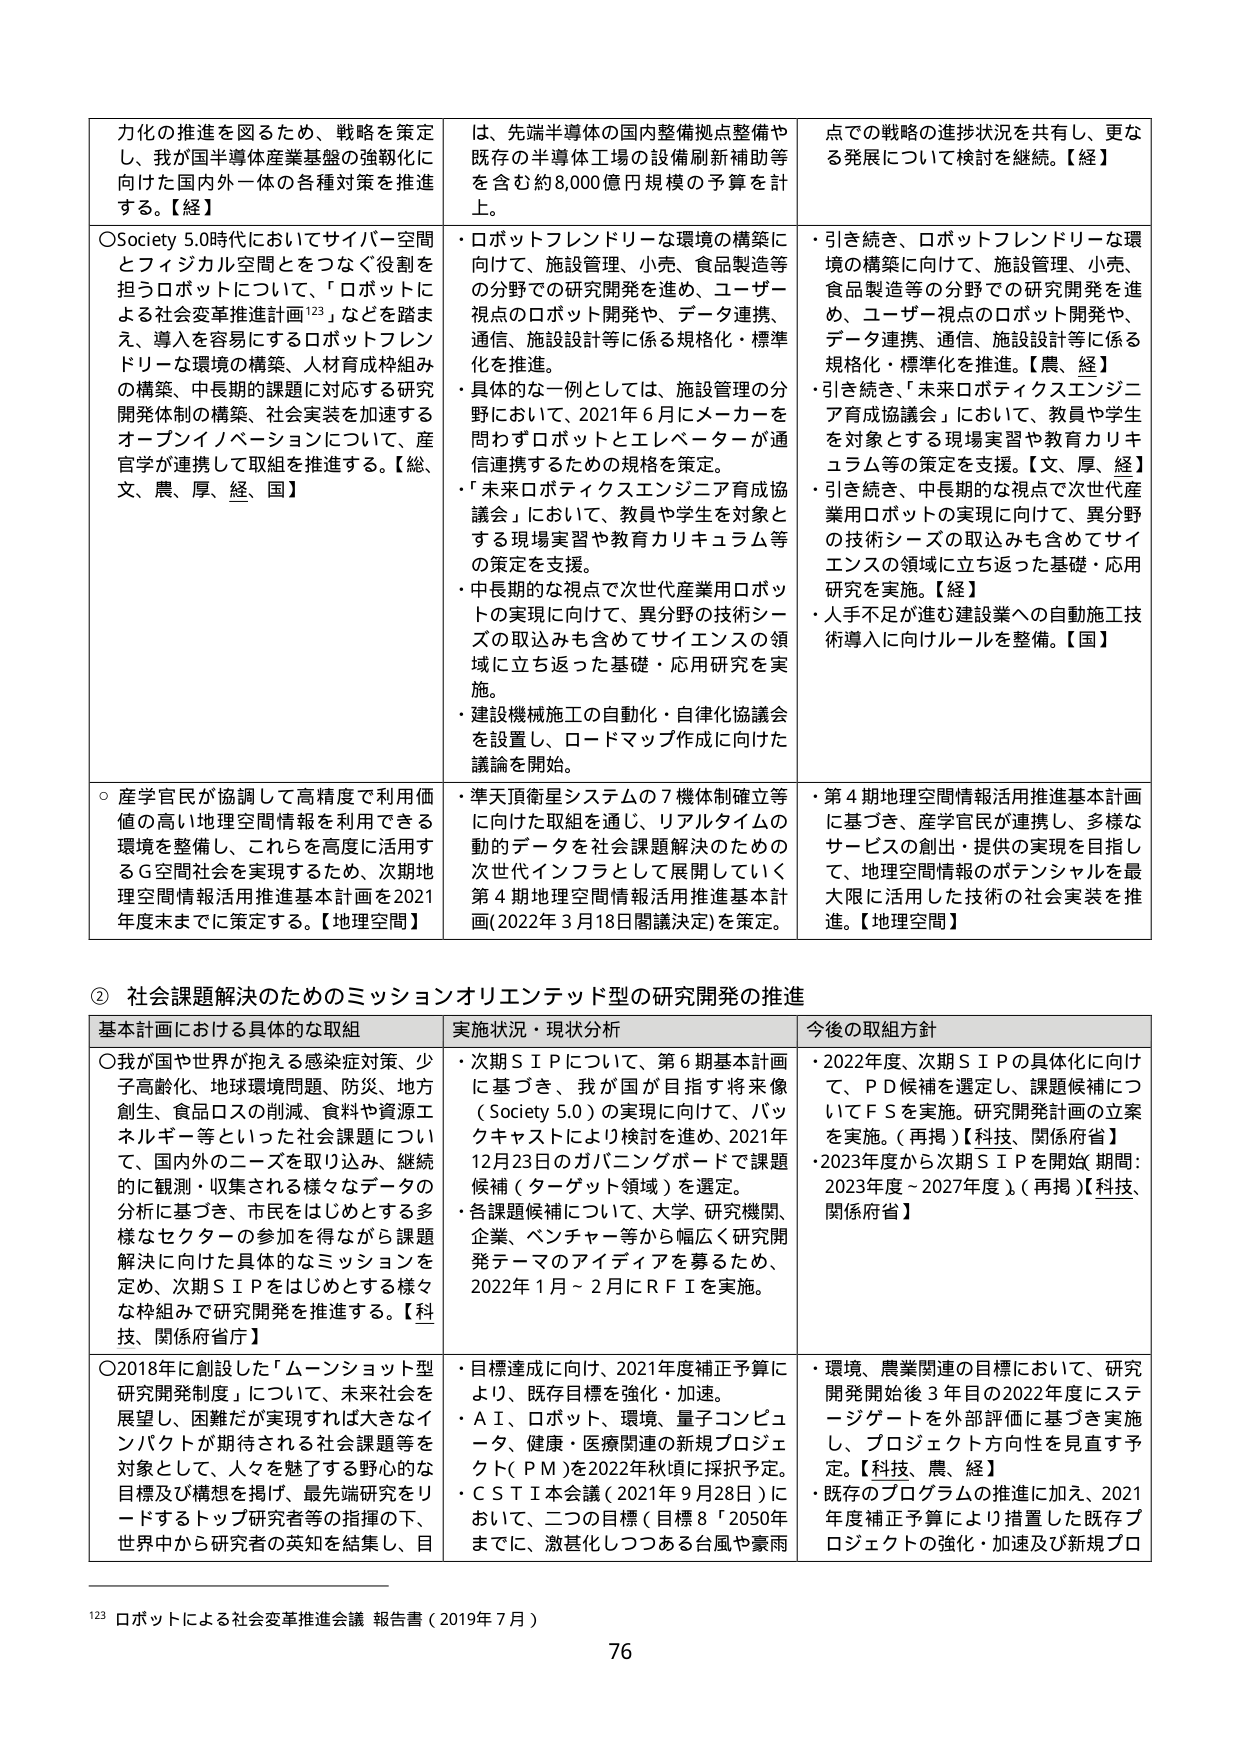
力化の推進を図るため、戦略を策定し、我が国半導体産業基盤の強靭化に向けた国内外一体の各種対策を推進する。【経】

〇Society 5.0時代においてサイバー空間とフィジカル空間をつなぐ役割を担うロボットについて、「ロボットによる社会変革推進計画¹²³」などを踏まえ、導入を容易にするロボットフレンドリーな環境の構築、人材育成枠組みの構築、中長期的課題に対応する研究開発体制の構築、社会実装を加速するオープンイノベーションについて、産官学が連携して取組を推進する。【総、文、農、厚、経、国】

・ロボットフレンドリーな環境の構築に向けて、施設管理、小売、食品製造等の分野での研究開発を進め、ユーザー視点のロボット開発や、データ連携、通信、施設設計等に係る規格化・標準化を推進。

・具体的な一例としては、施設管理の分野において、2021年6月にメーカーを問わずロボットとエレベーターが通信連携するための規格を策定。

・「未来ロボティクスエンジニア育成協議会」において、教員や学生を対象とする現場実習や教育カリキュラム等の策定を支援。

・中長期的な視点で次世代産業用ロボットの実現に向けて、異分野の技術シーズの取込みも含めてサイエンスの領域に立ち返った基礎・応用研究を実施。

・建設機械施工の自動化・自律化協議会を設置し、ロードマップ作成に向けた議論を開始。

・引き続き、ロボットフレンドリーな環境の構築に向けて、施設管理、小売、食品製造等の分野での研究開発を進め、ユーザー視点のロボット開発や、データ連携、通信、施設設計等に係る規格化・標準化を推進。【農、経】

・引き続き、「未来ロボティクスエンジニア育成協議会」において、教員や学生を対象とする現場実習や教育カリキュラム等の策定を支援。【文、厚、経】

・引き続き、中長期的な視点で次世代産業用ロボットの実現に向けて、異分野の技術シーズの取込みも含めてサイエンスの領域に立ち返った基礎・応用研究を実施。【経】

・人手不足が進む建設業への自動施工技術導入に向けルールを整備。【国】

○産学官民が協調して高精度で利用価値の高い地理空間情報を利用できる環境を整備し、これを高度に活用するG空間社会を実現するため、次期地理空間情報活用推進基本計画を2021年度末までに策定する。【地理空間】

・準天頂衛星システムの7機体制確立等に向けた取組を通じ、リアルタイムの動的データを社会課題解決のための次世代インフラとして展開していく第4期地理空間情報活用推進基本計画（2022年3月18日閣議決定）を策定。

・第4期地理空間情報活用推進基本計画に基づき、産学官民が連携し、多様なサービスの創出・提供の実現を目指して、地理空間情報のポテンシャルを最大限に活用した技術の社会実装を推進。【地理空間】

② 社会課題解決のためのミッションオリエンテッド型の研究開発の推進

基本計画における具体的な取組 実施状況・現状分析 今後の取組方針

〇我が国や世界が抱える感染症対策、少子高齢化、地球環境問題、防災、地方創生、食品ロスの削減、食料や資源エネルギー等といった社会課題について、国内外のニーズを取り込み、継続的に観測・収集される様々なデータの分析に基づき、市民をはじめとする多様なセクターの参加を得ながら課題解決に向けた具体的なミッションを定め、次期ＳＩＰをはじめとする様々な枠組みで研究開発を推進する。【科技、関係府省庁】

・次期ＳＩＰについて、第6期基本計画に基づき、我が国が目指す将来像（Society 5.0）の実現に向けて、パックキャストにより検討を進め、2021年12月23日のガバニングボードで課題候補（ターゲット領域）を選定。

・各課題候補について、大学、研究機関、企業、ベンチャー等から幅広く研究開発テーマのアイディアを募るため、2022年1月～2月にＲＦＩを実施。

・2022年度、次期ＳＩＰの具体化に向けて、ＰＤ候補を選定し、課題候補についてＦＳを実施。研究開発計画の立案を実施。（再掲）【科技、関係府省】

・2023年度から次期ＳＩＰを開始（期間：2023年度～2027年度）。（再掲）【科技、関係府省】

〇2018年に創設した「ムーンショット型研究開発制度」について、未来社会を展望し、困難だが実現すれば大きなインパクトが期待される社会課題等を対象として、人々を魅了する野心的な目標及び構想を掲げ、最先端研究をリードするトップ研究者等の指揮の下、世界中から研究者の英知を結集し、目

・目標達成に向け、2021年度補正予算により、既存目標を強化・加速。

・ＡＩ、ロボット、環境、量子コンピュータ、健康・医療関連の新規プロジェクト（ＰＭ）を2022年秋頃に採択予定。

・ＣＳＴＩ本会議（2021年9月28日）において、二つの目標（目標8「2050年までに、激甚化しつつある台風や豪雨

・環境、農業関連の目標において、研究開発開始後3年目の2022年度にステージゲートを外部評価に基づき実施し、プロジェクト方向性を見直す予定。【科技、農、経】

・既存のプログラムの推進に加え、2021年度補正予算により措置した既存プロジェクトの強化・加速及び新規プロ

¹²³ ロボットによる社会変革推進会議 報告書（2019年7月）

76